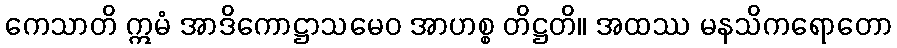
ကေသာတိ ဣမံ အာဒိကောဋ္ဌာသမေဝ အာဟစ္စ တိဋ္ဌတိ။ အထဿ မနသိကရောတော